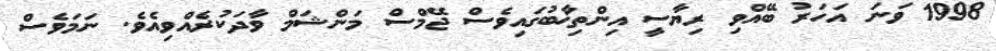
1998 ވަނަ އަހަރު ބޭއްވި ރިޔާސީ އިންތިޚާބުގައިވެސް ޖޭމްސް މަންޝަމް ވާދަކުރެއްވިއެވެ. ނަމަވެސް